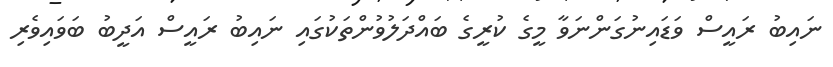
ނައިބު ރައީސް ވަޑައިނުގަންނަވާ މީގެ ކުރީގެ ބައްދަލުވުންތަކުގައި ނައިބު ރައީސް އަދީބު ބަވައިވެރި